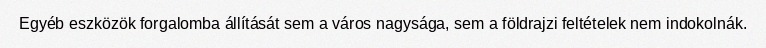
Egyéb eszközök forgalomba állítását sem a város nagysága, sem a földrajzi feltételek nem indokolnák.